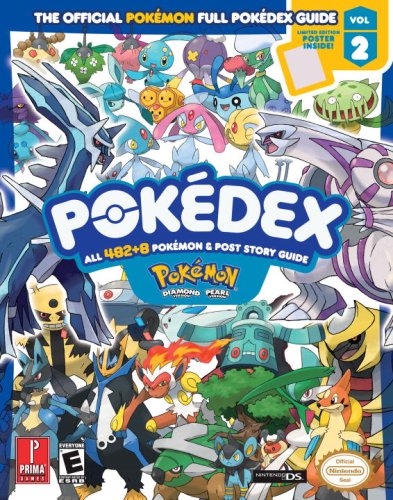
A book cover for Pokemon Diamond & Pearl Pokedex: Prima Official Game Guide Vol. 2 (Prima Official Game Guides); Computers & Technology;